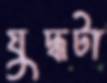
যুদ্ধটা